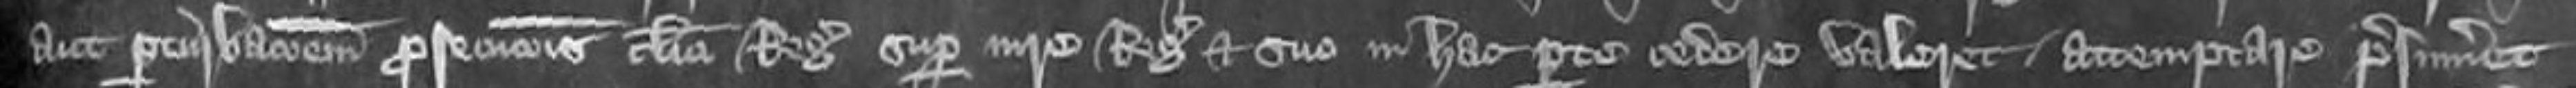
aut perturbationem prosecutionis clerici Regis super iure Regis et suo in hac parte cedere valeret attemptare presumeret